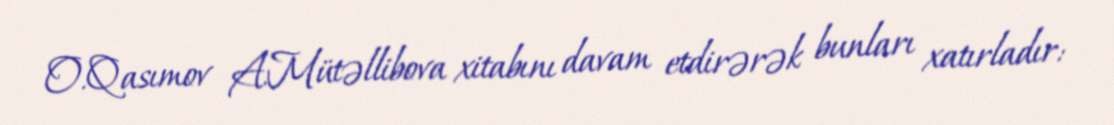
O.Qasımov A.Mütəllibova xitabını davam etdirərək bunları xatırladır: